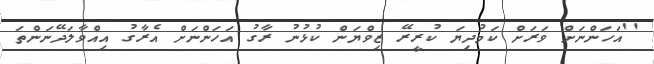
''އަހަންނަށް ވަރަށް ކަމުދިޔަ ކުރީރޭ ޒިވްޔަން ކުޅުނު ރާގު އަހަންނަށް އެރާގު އިއްވާލަދޭނަންތަ